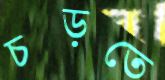
চড়তে